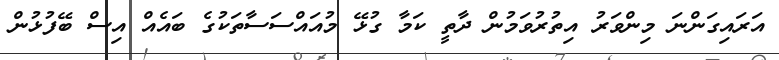
އަރައިގަންނަ މިންވަރު އިތުރުވަމުން ދާތީ ކަމާ ގުޅޭ މުއައްސަސާތަކުގެ ބައެއް އިސް ބޭފުޅުން